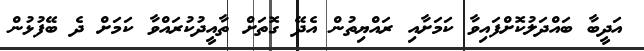
އަދީބާ ބައްދަލުކޮށްފައިވާ ކަމަށާއި ރައްޔިތުން އެދޭ ގޮތަށް ތާއީދުކުރައްވާ ކަމަށް ދެ ބޭފުޅުން